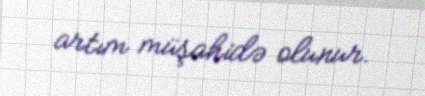
artım müşahidə olunur.